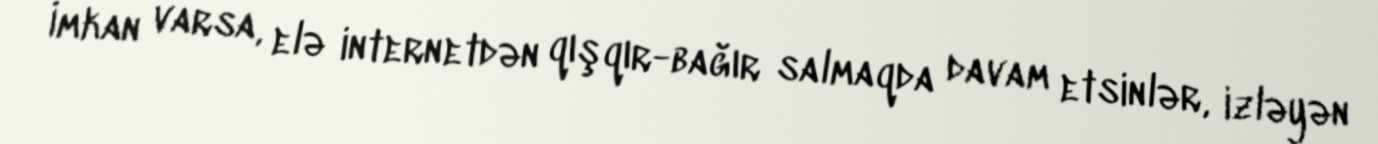
İmkan varsa, elə internetdən qışqır-bağır salmaqda davam etsinlər, izləyən